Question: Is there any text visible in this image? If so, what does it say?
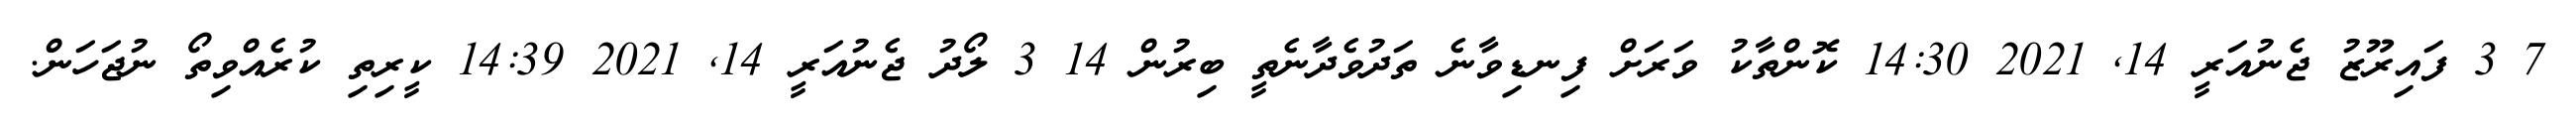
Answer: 7 3 ފައިރޫޒު ޖެނުއަރީ 14, 2021 14:30 ކޮންތާކު ވަރަށް ފިނޑިވާނެ ތަދުވެދާނެތީ ބިރުން 14 3 ލޯދު ޖެނުއަރީ 14, 2021 14:39 ކީރިތި ކުރެއްވިތޯ ނުޖަހަން.